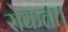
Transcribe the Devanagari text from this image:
रोकता।